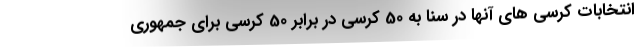
انتخابات کرسی های آنها در سنا به 50 کرسی در برابر 50 کرسی برای جمهوری